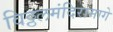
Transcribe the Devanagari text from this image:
विठ्ठलमंदिरामागे